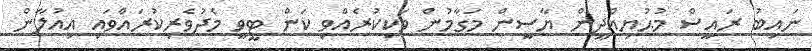
ނައިބު ރައީސް މުޙުޔިއްދީން ޔާސީން މަގާމުން ވަކިކުރެއްވި ކަން ޓީވީ މެދުވެރިކުރައްވައި އިއުލާން